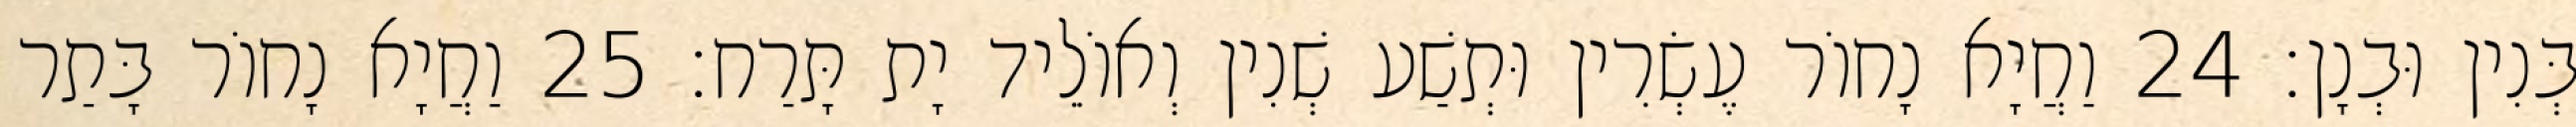
בְּנִין וּבְנָן׃ 24 וַחֲיָא נָחוֹר עֶשְׂרִין וּתְשַׁע שְׁנִין וְאוֹלֵיד יָת תָּרַח׃ 25 וַחֲיָא נָחוֹר בָּתַר